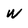
Character: w